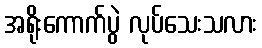
အရိုးကောက်ပွဲ လုပ်သေးသလား